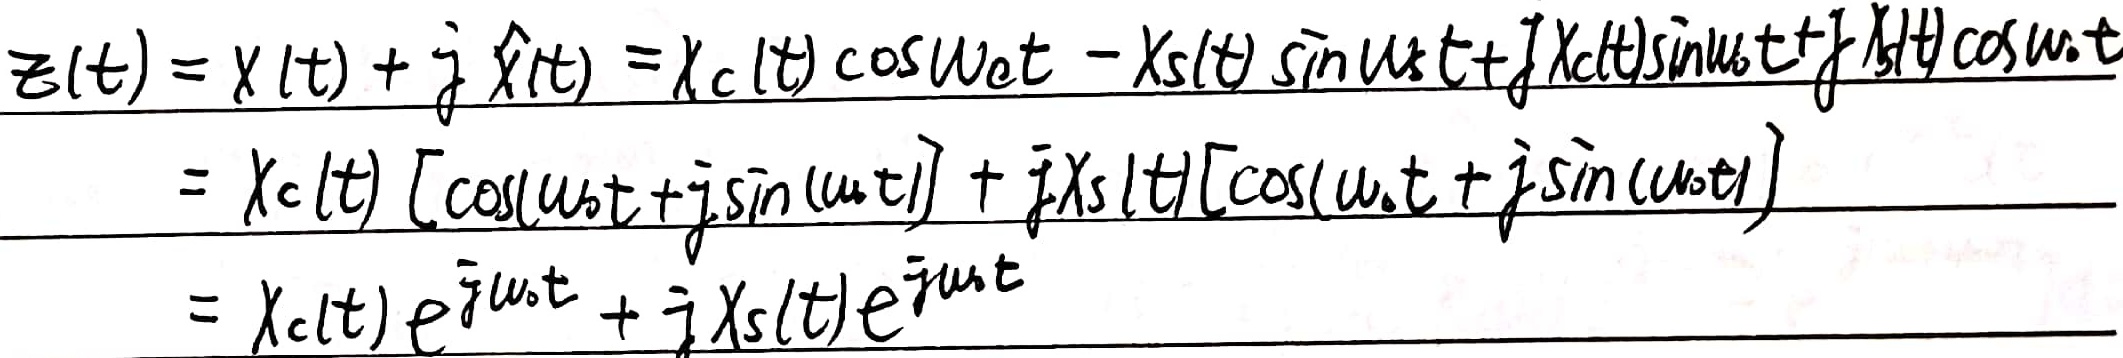
\[
\begin{align*}
z(t)&=x(t)+j\hat{x}(t)\\
&=x_c(t)\cos\omega_0t - x_s(t)\sin\omega_0t + jx_c(t)\sin\omega_0t + jx_s(t)\cos\omega_0t\\
&=x_c(t)[\cos(\omega_0t)+j\sin(\omega_0t)]+jx_s(t)[\cos(\omega_0t)+j\sin(\omega_0t)]\\
&=x_c(t)e^{j\omega_0t}+jx_s(t)e^{j\omega_0t}
\end{align*}
\]